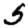
Digit: 5